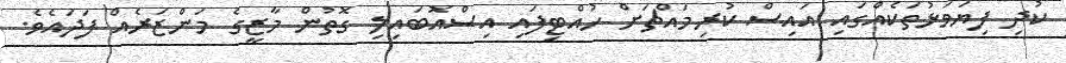
ކުދި ފިޔަވަޅުތަކެއްގައި އައިސް ކުރިމައްޗަށް ހުއްޓިފައި އިސްއޮބައިލި ގޮތުން މާޒީގެ މަންޒަރެއް ފަދައެވެ.